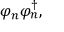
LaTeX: \varphi _ { n } \varphi _ { n } ^ { \dagger } ,